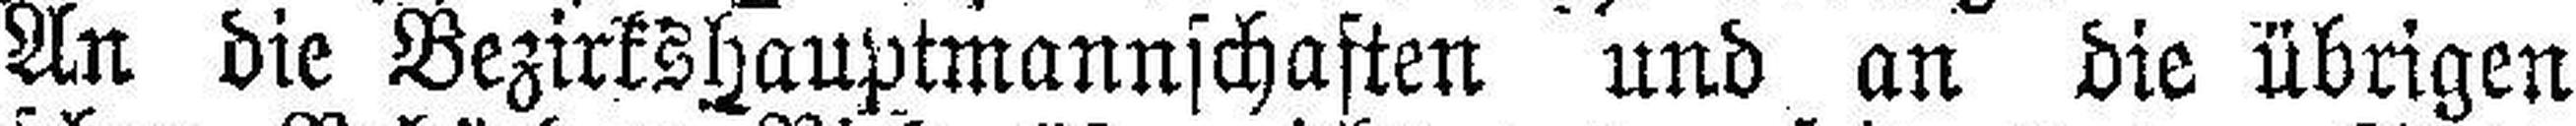
An die Bezirkshauptmannschaften und an die übrigen